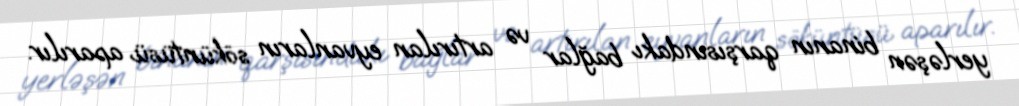
yerləşən binanın qarşısındakı bağlar və artırılan eyvanların söküntüsü aparılır.